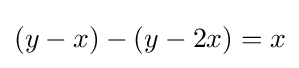
(y-x)-(y-2x)=x